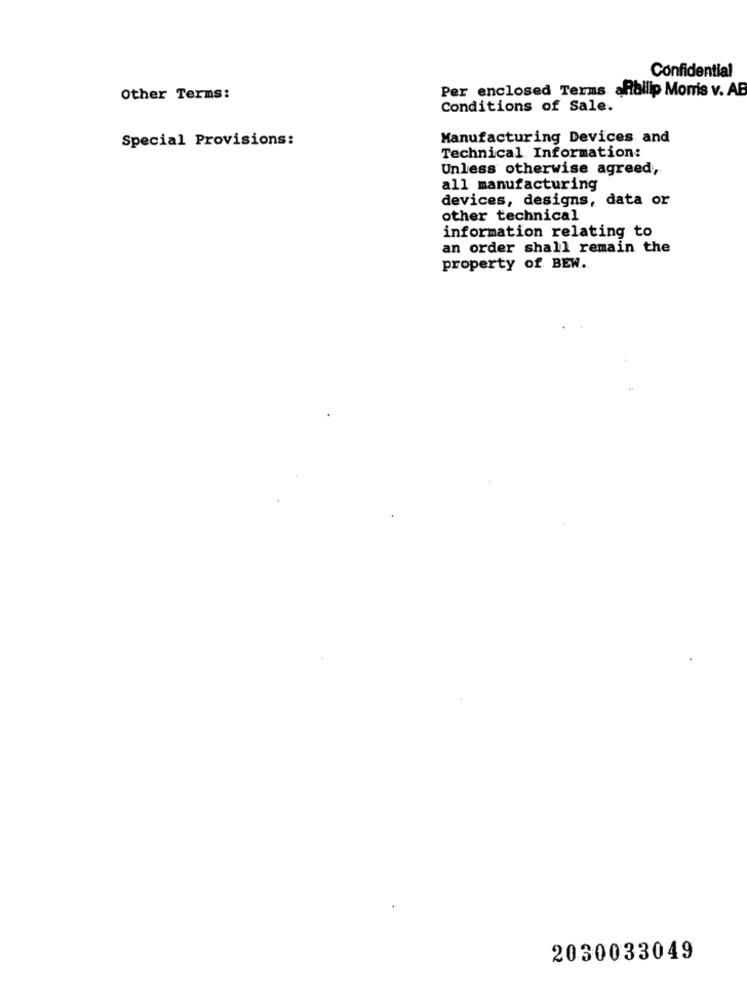
Confidential
Per enclosed Terms afbilip Momis v. AB
Other Terms:
Conditions of Sale.
Special Provisions:
Manufacturing Devices and
Technical Information:
Unless otherwise agreed,
all manufacturing
devices, designs, data or
other technical
information relating to
an order shall remain the
property of BEW.
2030033049